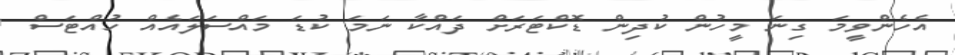
އެހެންވީމަ ގިނަ މީހުން ކުދިން ޑޮކްޓަރަށް ދައްކާ ނަމަ ކުޑަ މައްސަލައެއް ހުއްޓަސް